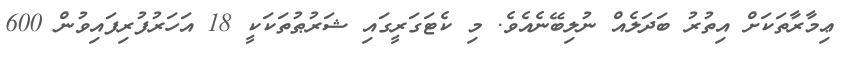
ޢިމާރާތަކަށް އިތުރު ބަދަލެއް ނުލިބޭނެއެވެ. މި ކެޓަގަރީގައި ޝަރުޠުތަކަކީ 18 އަހަރުފުރިފައިވުން 600